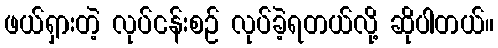
ဖယ်ရှားတဲ့ လုပ်ငန်းစဉ် လုပ်ခဲ့ရတယ်လို့ ဆိုပါတယ်။